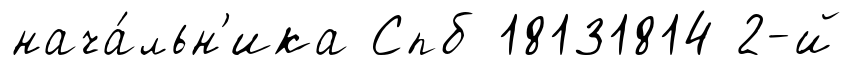
нача́льн'ика Спб 18131814 2-й